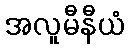
အလူမီနီယံ